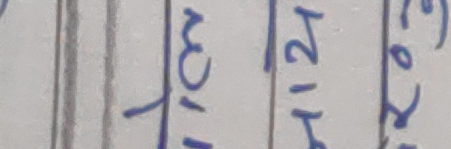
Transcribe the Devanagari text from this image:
cm
१1२ो